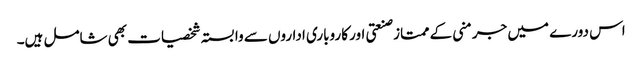
اس دورے میں جرمنی کے ممتاز صنعتی اور کاروباری اداروں سے وابستہ شخصیات بھی شامل ہیں۔